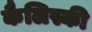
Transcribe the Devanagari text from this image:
कैलिस्की